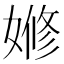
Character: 𡟞